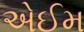
એઈમ